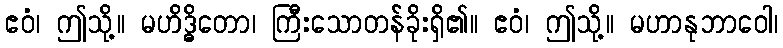
ဧဝံ၊ ဤသို့။ မဟိဒ္ဓိတော၊ ကြီးသောတန်ခိုးရှိ၏။ ဧဝံ၊ ဤသို့။ မဟာနုဘာဝေါ၊